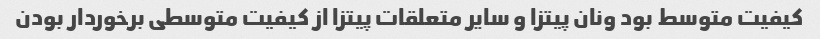
کیفیت متوسط بود ونان پیتزا و سایر متعلقات پیتزا از کیفیت متوسطی برخوردار بودن